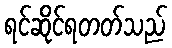
ရင်ဆိုင်ရတတ်သည်